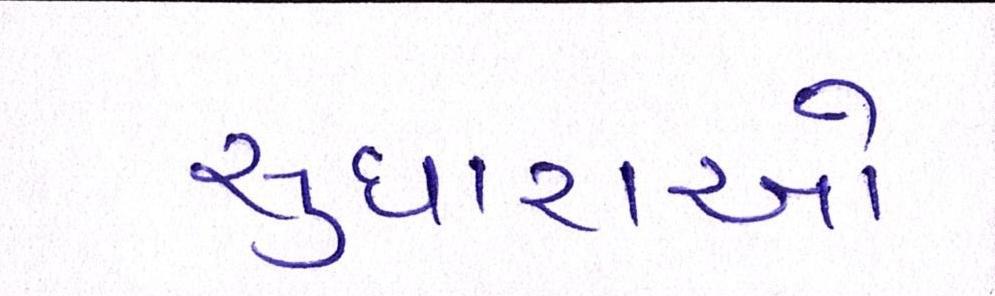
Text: સુધારાઓ